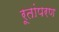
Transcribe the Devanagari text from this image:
रूतांपरण